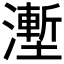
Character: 𰝛